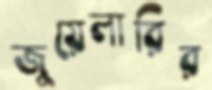
জুয়েলারির